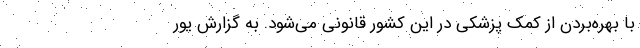
با بهره‌بردن از کمک پزشکی در این کشور قانونی می‌شود. به گزارش یور